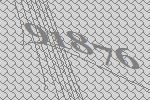
91876